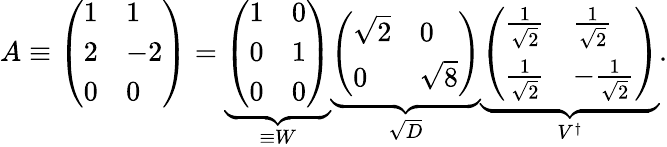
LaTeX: A\equiv{\left(\begin{array}{ll}{1}&{1}\\ {2}&{-2}\\ {0}&{0}\end{array}\right)}=\underbrace{\left(\begin{array}{ll}{1}&{0}\\ {0}&{1}\\ {0}&{0}\end{array}\right)}_{\equiv W}\underbrace{\left(\begin{array}{ll}{{\sqrt{2}}}&{0}\\ {0}&{{\sqrt{8}}}\end{array}\right)}_{\sqrt{D}}\underbrace{\left(\begin{array}{ll}{{\frac{1}{\sqrt{2}}}}&{{\frac{1}{\sqrt{2}}}}\\ {{\frac{1}{\sqrt{2}}}}&{-{\frac{1}{\sqrt{2}}}}\end{array}\right)}_{V^{\dagger}}.